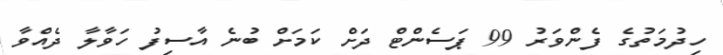
ހިދުމަތުގެ ފެންވަރު 99 ޕަސެންޓް ދަށް ކަމަށް ބުނެ އާސިފު ހަވާލާ ދެއްވާ